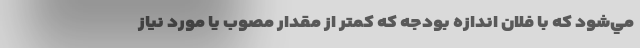
مي‌شود كه با فلان اندازه بودجه كه كمتر از مقدار مصوب يا مورد نياز